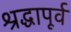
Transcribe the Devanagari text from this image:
श्रद्धापूर्व